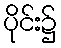
ပိုင်း၌